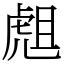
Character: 䖕